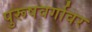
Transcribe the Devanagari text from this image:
पुरूषवर्गावर